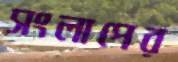
সংলাপের